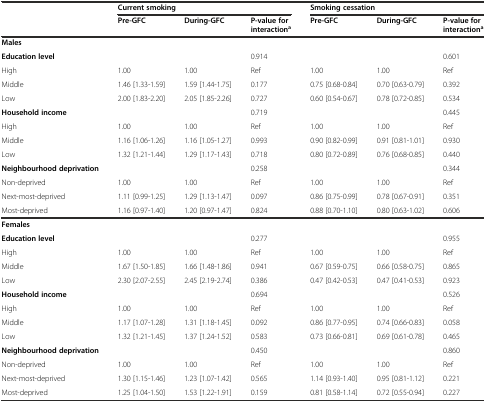
<table><thead><tr><td></td><td colspan="3"><b>Current smoking</b></td><td colspan="3"><b>Smoking cessation</b></td></tr><tr><td></td><td><b>Pre-GFC</b></td><td><b>During-GFC</b></td><td><b>P-value for interaction<sup>a</sup></b></td><td><b>Pre-GFC</b></td><td><b>During-GFC</b></td><td><b>P-value for interaction<sup>a</sup></b></td></tr></thead><tbody><tr><td><b>Males</b></td><td></td><td></td><td></td><td></td><td></td><td></td></tr><tr><td><b>Education level</b></td><td></td><td></td><td>0.914</td><td></td><td></td><td>0.601</td></tr><tr><td>High</td><td>1.00</td><td>1.00</td><td>Ref</td><td>1.00</td><td>1.00</td><td>Ref</td></tr><tr><td>Middle</td><td>1.46 [1.33-1.59]</td><td>1.59 [1.44-1.75]</td><td>0.177</td><td>0.75 [0.68-0.84]</td><td>0.70 [0.63-0.79]</td><td>0.392</td></tr><tr><td>Low</td><td>2.00 [1.83-2.20]</td><td>2.05 [1.85-2.26]</td><td>0.727</td><td>0.60 [0.54-0.67]</td><td>0.78 [0.72-0.85]</td><td>0.534</td></tr><tr><td><b>Household income</b></td><td></td><td></td><td>0.719</td><td></td><td></td><td>0.445</td></tr><tr><td>High</td><td>1.00</td><td>1.00</td><td>Ref</td><td>1.00</td><td>1.00</td><td>Ref</td></tr><tr><td>Middle</td><td>1.16 [1.06-1.26]</td><td>1.16 [1.05-1.27]</td><td>0.993</td><td>0.90 [0.82-0.99]</td><td>0.91 [0.81-1.01]</td><td>0.930</td></tr><tr><td>Low</td><td>1.32 [1.21-1.44]</td><td>1.29 [1.17-1.43]</td><td>0.718</td><td>0.80 [0.72-0.89]</td><td>0.76 [0.68-0.85]</td><td>0.440</td></tr><tr><td><b>Neighbourhood deprivation</b></td><td></td><td></td><td>0.258</td><td></td><td></td><td>0.344</td></tr><tr><td>Non-deprived</td><td>1.00</td><td>1.00</td><td>Ref</td><td>1.00</td><td>1.00</td><td>Ref</td></tr><tr><td>Next-most-deprived</td><td>1.11 [0.99-1.25]</td><td>1.29 [1.13-1.47]</td><td>0.097</td><td>0.86 [0.75-0.99]</td><td>0.78 [0.67-0.91]</td><td>0.351</td></tr><tr><td>Most-deprived</td><td>1.16 [0.97-1.40]</td><td>1.20 [0.97-1.47]</td><td>0.824</td><td>0.88 [0.70-1.10]</td><td>0.80 [0.63-1.02]</td><td>0.606</td></tr><tr><td><b>Females</b></td><td></td><td></td><td></td><td></td><td></td><td></td></tr><tr><td><b>Education level</b></td><td></td><td></td><td>0.277</td><td></td><td></td><td>0.955</td></tr><tr><td>High</td><td>1.00</td><td>1.00</td><td>Ref</td><td>1.00</td><td>1.00</td><td>Ref</td></tr><tr><td>Middle</td><td>1.67 [1.50-1.85]</td><td>1.66 [1.48-1.86]</td><td>0.941</td><td>0.67 [0.59-0.75]</td><td>0.66 [0.58-0.75]</td><td>0.865</td></tr><tr><td>Low</td><td>2.30 [2.07-2.55]</td><td>2.45 [2.19-2.74]</td><td>0.386</td><td>0.47 [0.42-0.53]</td><td>0.47 [0.41-0.53]</td><td>0.923</td></tr><tr><td><b>Household income</b></td><td></td><td></td><td>0.694</td><td></td><td></td><td>0.526</td></tr><tr><td>High</td><td>1.00</td><td>1.00</td><td>Ref</td><td>1.00</td><td>1.00</td><td>Ref</td></tr><tr><td>Middle</td><td>1.17 [1.07-1.28]</td><td>1.31 [1.18-1.45]</td><td>0.092</td><td>0.86 [0.77-0.95]</td><td>0.74 [0.66-0.83]</td><td>0.058</td></tr><tr><td>Low</td><td>1.32 [1.21-1.45]</td><td>1.37 [1.24-1.52]</td><td>0.583</td><td>0.73 [0.66-0.81]</td><td>0.69 [0.61-0.78]</td><td>0.465</td></tr><tr><td><b>Neighbourhood deprivation</b></td><td></td><td></td><td>0.450</td><td></td><td></td><td>0.860</td></tr><tr><td>Non-deprived</td><td>1.00</td><td>1.00</td><td>Ref</td><td>1.00</td><td>1.00</td><td>Ref</td></tr><tr><td>Next-most-deprived</td><td>1.30 [1.15-1.46]</td><td>1.23 [1.07-1.42]</td><td>0.565</td><td>1.14 [0.93-1.40]</td><td>0.95 [0.81-1.12]</td><td>0.221</td></tr><tr><td>Most-deprived</td><td>1.25 [1.04-1.50]</td><td>1.53 [1.22-1.91]</td><td>0.159</td><td>0.81 [0.58-1.14]</td><td>0.72 [0.55-0.94]</td><td>0.227</td></tr></tbody></table>